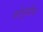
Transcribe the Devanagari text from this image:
कोथुमीय